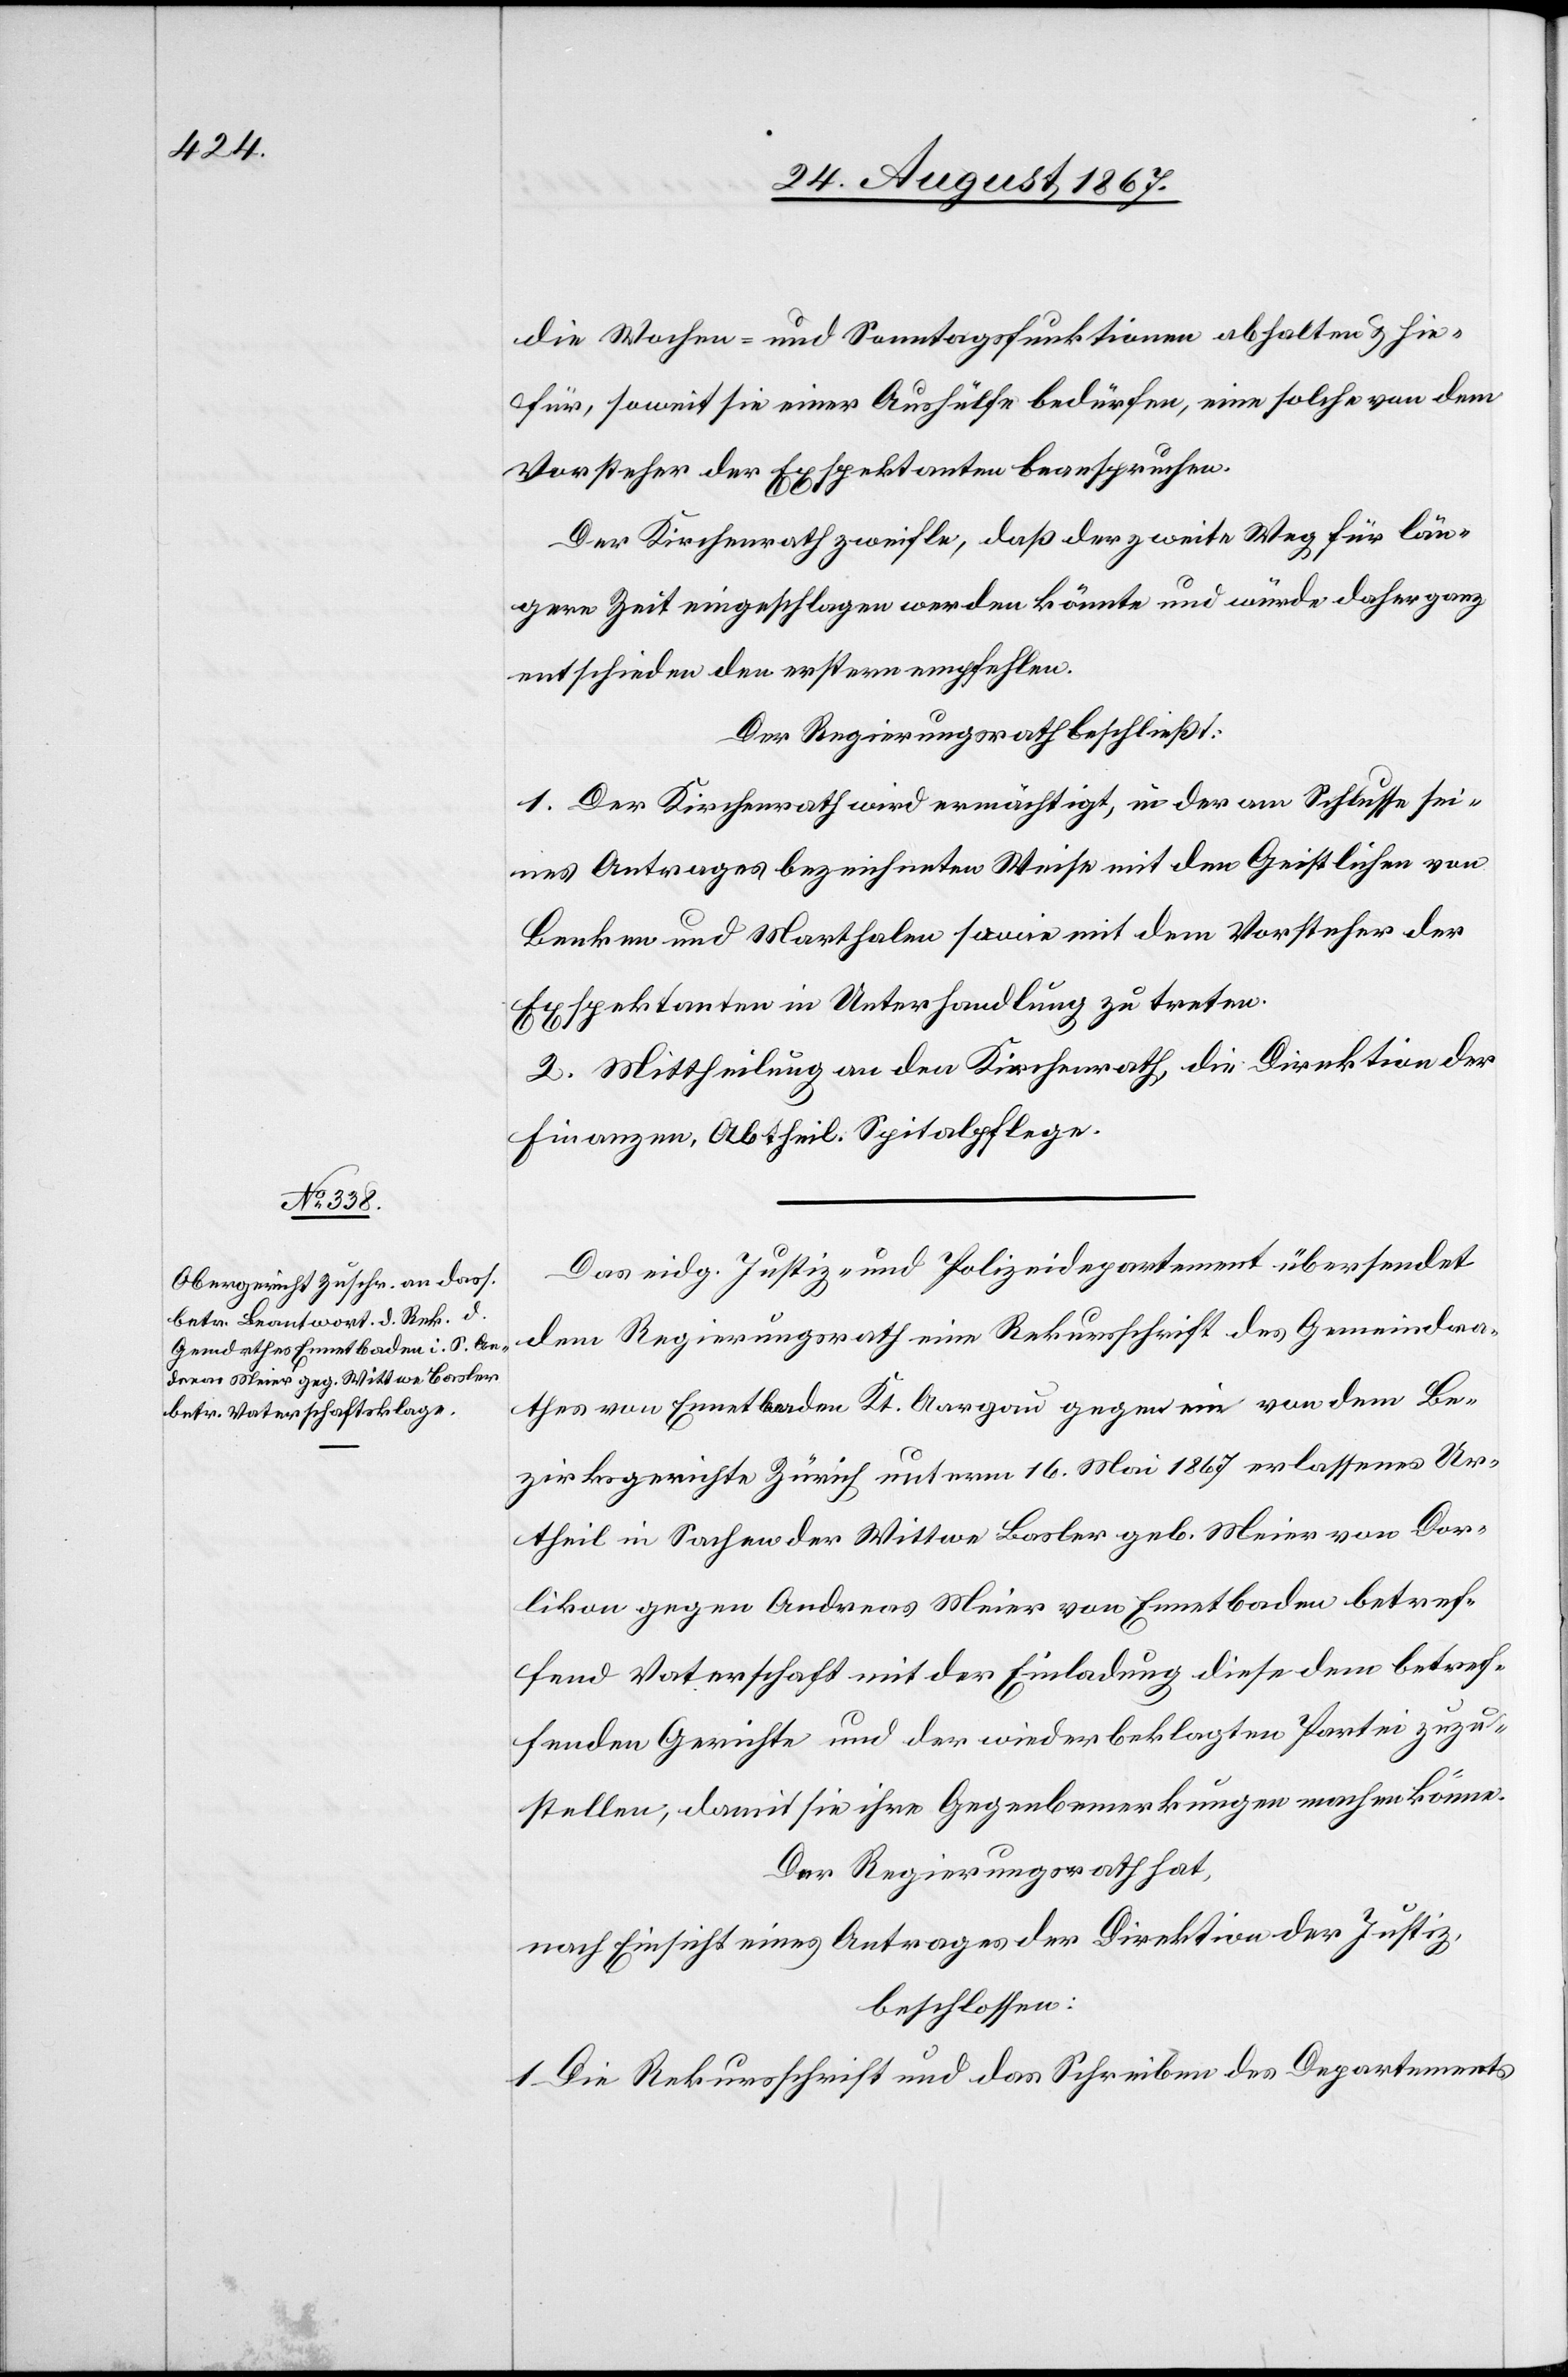
die Wochen- und Sonntagsfunktionen abhalten u. hie¬
für, soweit sie einer Aushülfe bedürfen, eine solche von dem
Vorsteher der Exspektanten beanspruchen.
Der Kirchenrath zweifle, daß der zweite Weg für län¬
gere Zeit eingeschlagen werden könnte und würde daher ganz
entschieden den erstern empfehlen.
Der Regierungsrath beschließt:
1. Der Kirchenrath wird ermächtigt, in der am Schlusse sei¬
nes Antrages bezeichneten Weise mit den Geistlichen von
Benken und Marthalen sowie mit dem Vorsteher der
Exspektanten in Unterhandlung zu treten.
2. Mittheilung an den Kirchenrath, die Direktion der
Finanzen, Abtheil. Spitalpflege.
Das eidg. Justiz- und Polizeidepartement übersendet
dem Regierungsrath eine Rekursschrift des Gemeindra¬
thes von Ennetbaden Kt. Aargau gegen ein von dem Be¬
zirksgerichte Zürich unterm 16. Mai 1867 erlassenes Ur¬
theil in Sachen der Wittwe Basler geb. Meier von Dor¬
likon gegen Andreas Meier von Ennetbaden betref¬
fend Vaterschaft mit der Einladung diese dem betref¬
fenden Gerichte und der wiederbeklagten Partei zuzu¬
stellen, damit sie ihre Gegenbemerkungen machen könne.
Der Regierungsrath hat,
nach Einsicht eines Antrages der Direktion der Justiz,
beschlossen:
1. Die Rekursschrift und das Schreiben des Departements